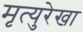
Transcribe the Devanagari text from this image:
मृत्युरेखा